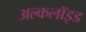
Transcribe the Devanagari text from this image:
अल्कलॉइड